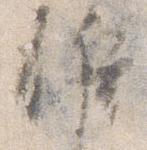
候